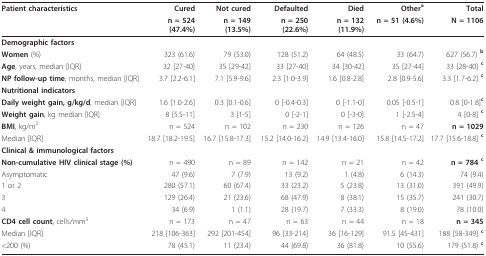
<table><thead><tr><td><b>Patient characteristics</b></td><td><b>Cured</b></td><td><b>Not cured</b></td><td><b>Defaulted</b></td><td><b>Died</b></td><td><b>Other<sup>a</sup></b></td><td><b>Total</b></td></tr></thead><tbody><tr><td></td><td><b>n = 524 (47.4%)</b></td><td><b>n = 149 (13.5%)</b></td><td><b>n = 250 (22.6%)</b></td><td><b>n = 132 (11.9%)</b></td><td><b>n = 51 (4.6%)</b></td><td><b>N = 1106</b></td></tr><tr><td><b>Demographic factors</b></td><td></td><td></td><td></td><td></td><td></td><td></td></tr><tr><td><b>Women </b>(%)</td><td>323 (61.6)</td><td>79 (53.0)</td><td>128 (51.2)</td><td>64 (48.5)</td><td>33 (64.7)</td><td>627 (56.7) <sup><b>b</b></sup></td></tr><tr><td><b>Age</b>, years, median [IQR]</td><td>32 [27-40]</td><td>35 [29-42]</td><td>33 [27-40]</td><td>34 [30-42]</td><td>35 [27-44]</td><td>33 [28-40] <sup><b>c</b></sup></td></tr><tr><td><b>NP follow-up time</b>, months, median [IQR]</td><td>3.7 [2.2-6.1]</td><td>7.1 [5.9-9.6]</td><td>2.3 [1.0-3.9]</td><td>1.6 [0.8-2.8]</td><td>2.8 [0.9-5.6]</td><td>3.3 [1.7-6.2] <sup><b>c</b></sup></td></tr><tr><td><b>Nutritional indicators</b></td><td></td><td></td><td></td><td></td><td></td><td></td></tr><tr><td><b>Daily weight gain, g/kg/d</b>, median [IQR]</td><td>1.6 [1.0-2.6]</td><td>0.3 [0.1-0.6]</td><td>0 [-0.4-0.3]</td><td>0 [-1.1-0]</td><td>0.05 [-0.5-1]</td><td>0.8 [0-1.8]<sup><b>c</b></sup></td></tr><tr><td><b>Weight gain</b>, kg median [IQR]</td><td>8 [5.5-11]</td><td>3 [1-5]</td><td>0 [-2-1]</td><td>0 [-3-0]</td><td>1 [-2.5-4]</td><td>4 [0-8] <sup><b>c</b></sup></td></tr><tr><td><b>BMI</b>, kg/m<sup>2</sup></td><td>n = 524</td><td>n = 102</td><td>n = 230</td><td>n = 126</td><td>n = 47</td><td><b>n = 1029</b></td></tr><tr><td>Median [IQR]</td><td>18.7 [18.2-19.5]</td><td>16.7 [15.8-17.3]</td><td>15.2 [14.0-16.2]</td><td>14.9 [13.4-16.0]</td><td>15.8 [14.5-17.2]</td><td>17.7 [15.6-18.8] <sup><b>c</b></sup></td></tr><tr><td><b>Clinical &amp; immunological factors</b></td><td></td><td></td><td></td><td></td><td></td><td></td></tr><tr><td><b>Non-cumulative HIV clinical stage (%)</b></td><td>n = 490</td><td>n = 89</td><td>n = 142</td><td>n = 21</td><td>n = 42</td><td><b>n = 784 </b><sup><b>c</b></sup></td></tr><tr><td>Asymptomatic</td><td>47 (9.6)</td><td>7 (7.9)</td><td>13 (9.2)</td><td>1 (4.8)</td><td>6 (14.3)</td><td>74 (9.4)</td></tr><tr><td>1 or 2</td><td>280 (57.1)</td><td>60 (67.4)</td><td>33 (23.2)</td><td>5 (23.8)</td><td>13 (31.0)</td><td>391 (49.9)</td></tr><tr><td>3</td><td>129 (26.4)</td><td>21 (23.6)</td><td>68 (47.9)</td><td>8 (38.1)</td><td>15 (35.7)</td><td>241 (30.7)</td></tr><tr><td>4</td><td>34 (6.9)</td><td>1 (1.1)</td><td>28 (19.7)</td><td>7 (33.3)</td><td>8 (19.0)</td><td>78 (10.0)</td></tr><tr><td><b>CD4 cell count</b>, cells/mm<sup>3</sup></td><td>n = 173</td><td>n = 47</td><td>n = 63</td><td>n = 44</td><td>n = 18</td><td><b>n = 345</b></td></tr><tr><td>Median [IQR]</td><td>218 [106-363]</td><td>292 [201-454]</td><td>96 [33-214]</td><td>36 [16-129]</td><td>91.5 [45-431]</td><td>188 [58-349] <sup><b>c</b></sup></td></tr><tr><td>&lt;200 (%)</td><td>78 (45.1)</td><td>11 (23.4)</td><td>44 (69.8)</td><td>36 (81.8)</td><td>10 (55.6)</td><td>179 (51.8) <sup><b>c</b></sup></td></tr></tbody></table>